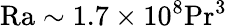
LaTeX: \mathrm{Ra}\sim 1.7\times 10^{8}\mathrm{Pr}^{3}